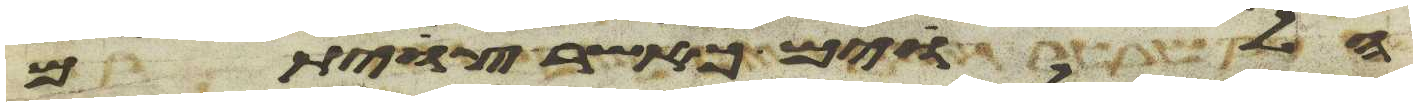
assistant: הלוים כאשר צויתם